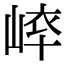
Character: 𡸝